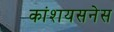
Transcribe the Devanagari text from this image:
कांशयसनेस